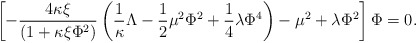
\begin{align*}\left[ -\frac{4\kappa \xi}{\left( 1+\kappa \xi \Phi ^{2} \right) }\left( \frac{1}{\kappa }\Lambda - \frac{1}{2}\mu ^{2}\Phi ^{2} +\frac{1}{4} \lambda \Phi ^4 \right) - \mu ^{2} + \lambda \Phi ^2\right] \Phi = 0 .\end{align*}